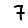
Digit: 7